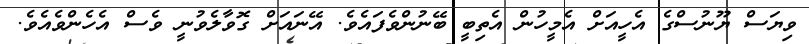
ވިޔަސް ޔޫނުސްގެ އެހީއަށް އެމީހުން އެތިބީ ބޭނުންވެފައެވެ. އޭނައަށް ގޮވާލެވުނީ ވެސް އެހެންވެއެވެ.